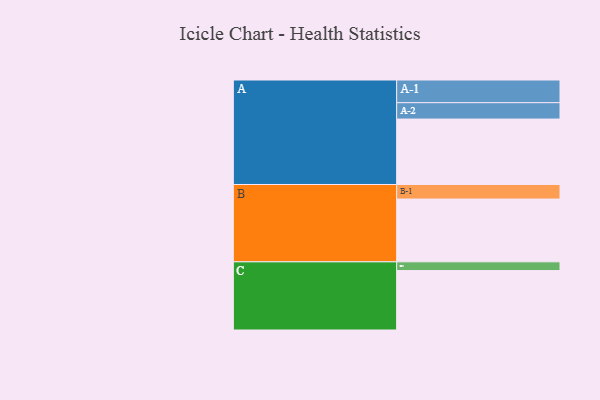
{"axis": {"x": "Segment", "y": "Value"}, "legend": ["", "A", "B", "C"], "data": [{"x": "A", "y": 571, "type": ""}, {"x": "B", "y": 548, "type": ""}, {"x": "C", "y": 519, "type": ""}, {"x": "A-1", "y": 198, "type": "A"}, {"x": "A-2", "y": 143, "type": "A"}, {"x": "B-1", "y": 127, "type": "B"}, {"x": "C-1", "y": 76, "type": "C"}]}